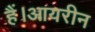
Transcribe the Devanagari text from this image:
हैं।आयरीन